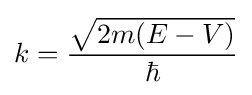
k={\frac {\sqrt {2m(E-V)}}{\hbar }}